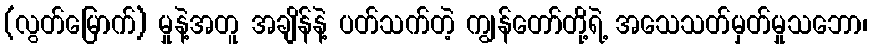
(လွတ်မြောက်) မှုနဲ့အတူ အချိန်နဲ့ ပတ်သက်တဲ့ ကျွန်တော်တို့ရဲ့ အသေသတ်မှတ်မှုသဘော၊